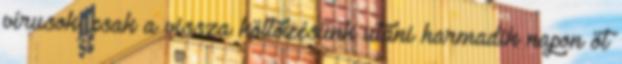
vírusok, csak a vissza költõzésünk utáni harmadik napon öt